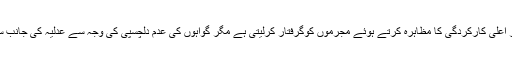
پولیس اکثر مواقعوں پر اعلیٰ کارکردگی کا مظاہرہ کرتے ہوئے مجرموں کوگرفتار کرلیتی ہے مگر گواہوں کی عدم دلچسپی کی وجہ سے عدلیہ کی جانب سے وہ رہاہوجاتے ہیں۔